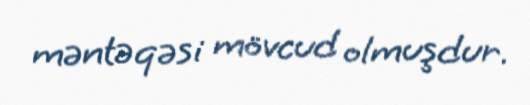
məntəqəsi mövcud olmuşdur.